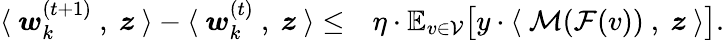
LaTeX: \begin{array}{rl}{\langle~{\boldsymbol w}_{k}^{(t+1)}~,~{\boldsymbol z}~\rangle-\langle~{\boldsymbol w}_{k}^{(t)}~,~{\boldsymbol z}~\rangle\le}&{\eta\cdot\mathbb{E}_{v\in\mathcal{V}}\big[y\cdot\langle~\mathcal{M}(\mathcal{F}(v))~,~{\boldsymbol z}~\rangle\big].}\end{array}